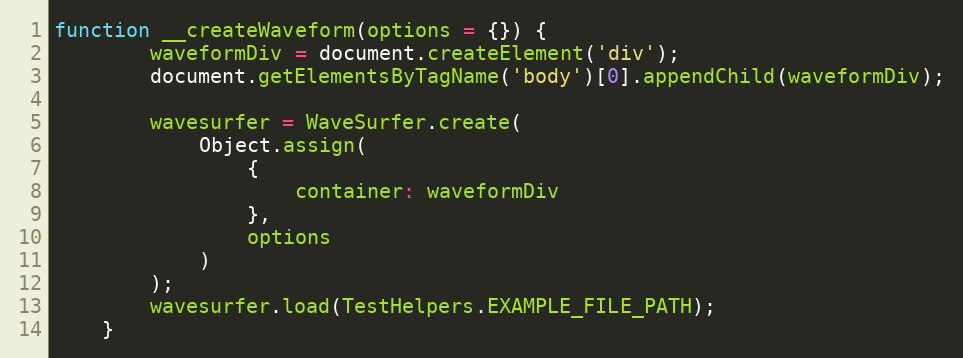
Language: JavaScript
function __createWaveform(options = {}) {
        waveformDiv = document.createElement('div');
        document.getElementsByTagName('body')[0].appendChild(waveformDiv);

        wavesurfer = WaveSurfer.create(
            Object.assign(
                {
                    container: waveformDiv
                },
                options
            )
        );
        wavesurfer.load(TestHelpers.EXAMPLE_FILE_PATH);
    }